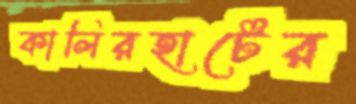
কালিরহাটের